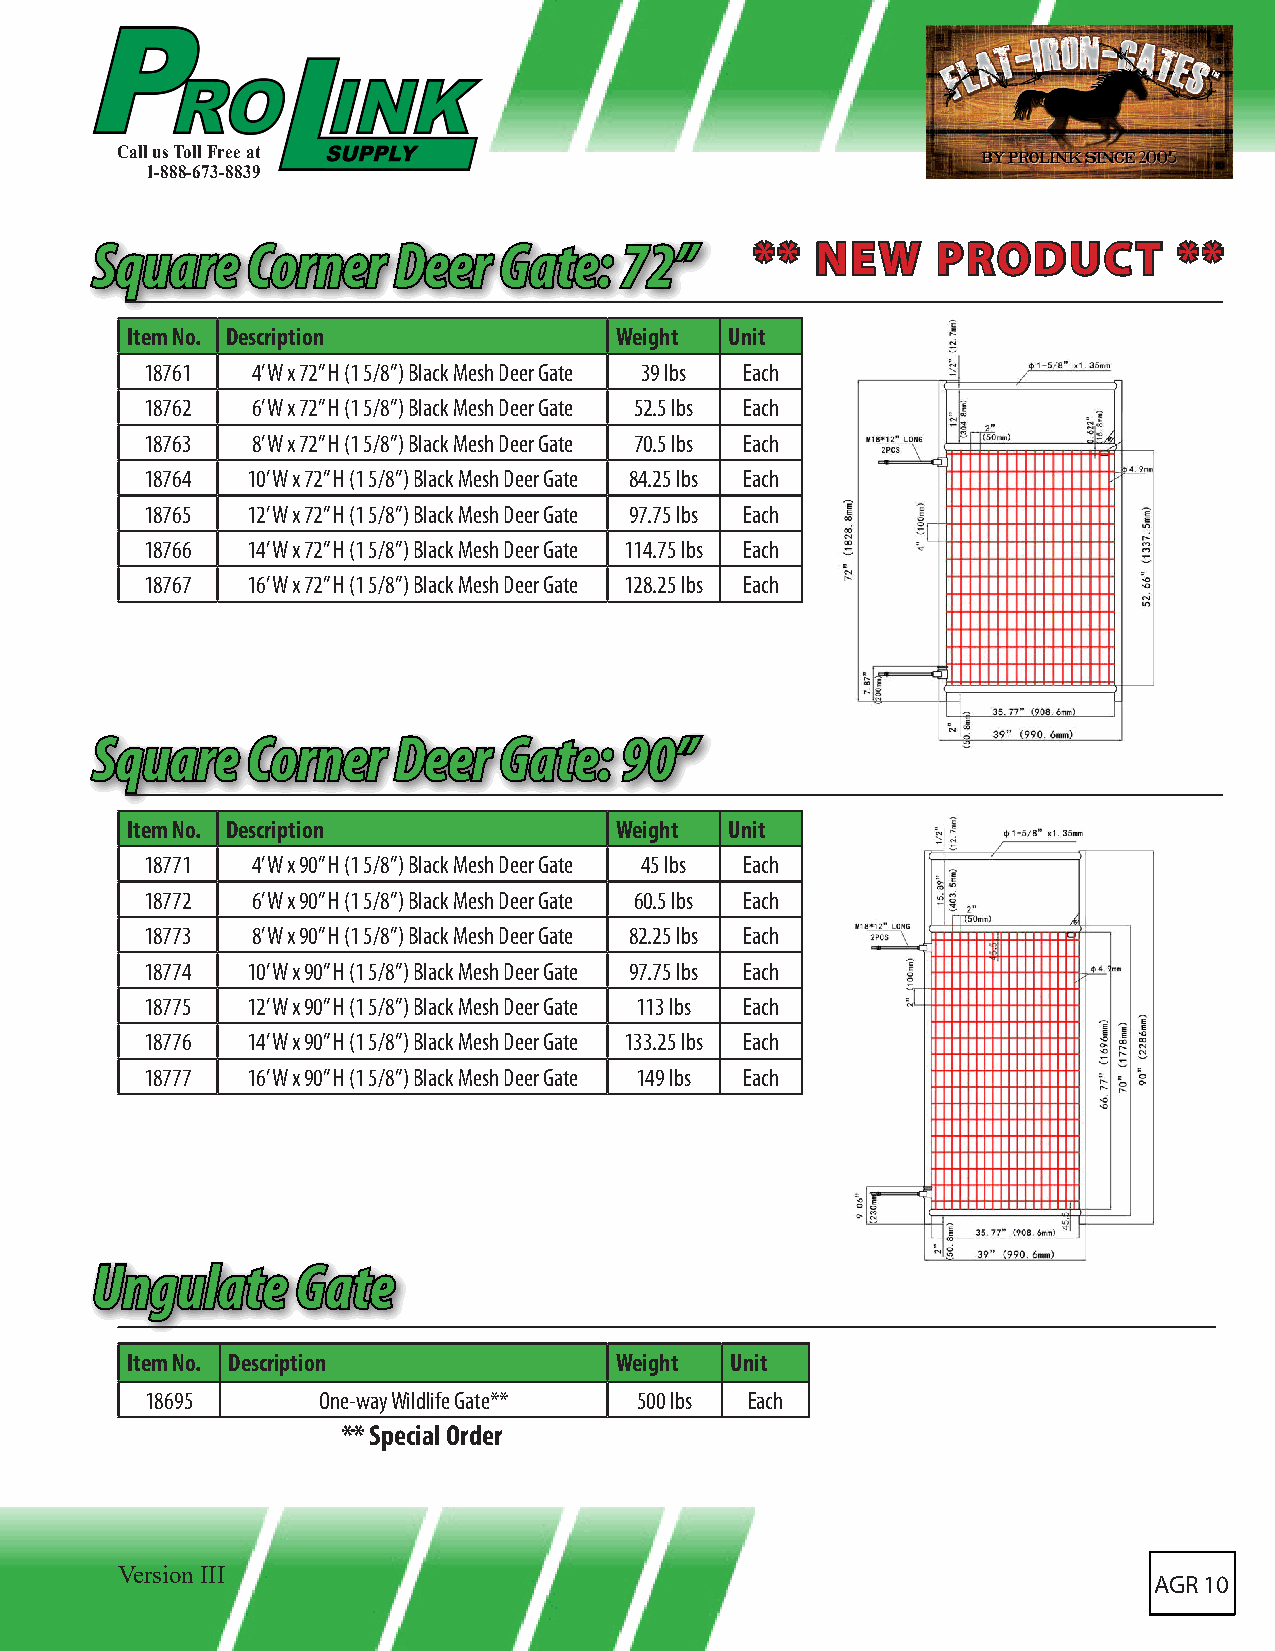
Call us Toll Free at
 1-888-673-8839
 SSqquuaarree CCoorrnneerr DDeeeerr GGaattee:: 7722”” **** NNEEWW PPRROODDUUCCTT ****
 Item No. Description             Weight Unit
 18761  4’ W x 72” H (1 5/8”) Black Mesh Deer Gate 39 lbs Each
 18762  6’ W x 72” H (1 5/8”) Black Mesh Deer Gate 52.5 lbs Each
 18763  8’ W x 72” H (1 5/8”) Black Mesh Deer Gate 70.5 lbs Each
 18764 10’ W x 72” H (1 5/8”) Black Mesh Deer Gate 84.25 lbs Each
 18765 12’ W x 72” H (1 5/8”) Black Mesh Deer Gate 97.75 lbs Each
 18766 14’ W x 72” H (1 5/8”) Black Mesh Deer Gate 114.75 lbs Each
 18767 16’ W x 72” H (1 5/8”) Black Mesh Deer Gate 128.25 lbs Each
 SSqquuaarree CCoorrnneerr DDeeeerr GGaattee:: 9900””
 Item No. Description             Weight Unit
 18771  4’ W x 90” H (1 5/8”) Black Mesh Deer Gate 45 lbs Each
 18772  6’ W x 90” H (1 5/8”) Black Mesh Deer Gate 60.5 lbs Each
 18773  8’ W x 90” H (1 5/8”) Black Mesh Deer Gate 82.25 lbs Each
 18774 10’ W x 90” H (1 5/8”) Black Mesh Deer Gate 97.75 lbs Each
 18775 12’ W x 90” H (1 5/8”) Black Mesh Deer Gate 113 lbs Each
 18776 14’ W x 90” H (1 5/8”) Black Mesh Deer Gate 133.25 lbs Each
 18777 16’ W x 90” H (1 5/8”) Black Mesh Deer Gate 149 lbs Each
 UUnngguullaattee GGaattee
 Item No. Description             Weight Unit
 18695      One-way Wildlife Gate** 500 lbs Each
 ** Special Order
 Version III
 AGR 10